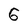
Character: 6